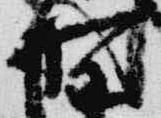
野